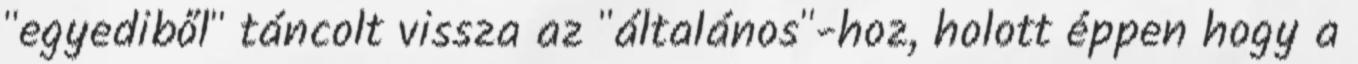
"egyediből" táncolt vissza az "általános"-hoz, holott éppen hogy a